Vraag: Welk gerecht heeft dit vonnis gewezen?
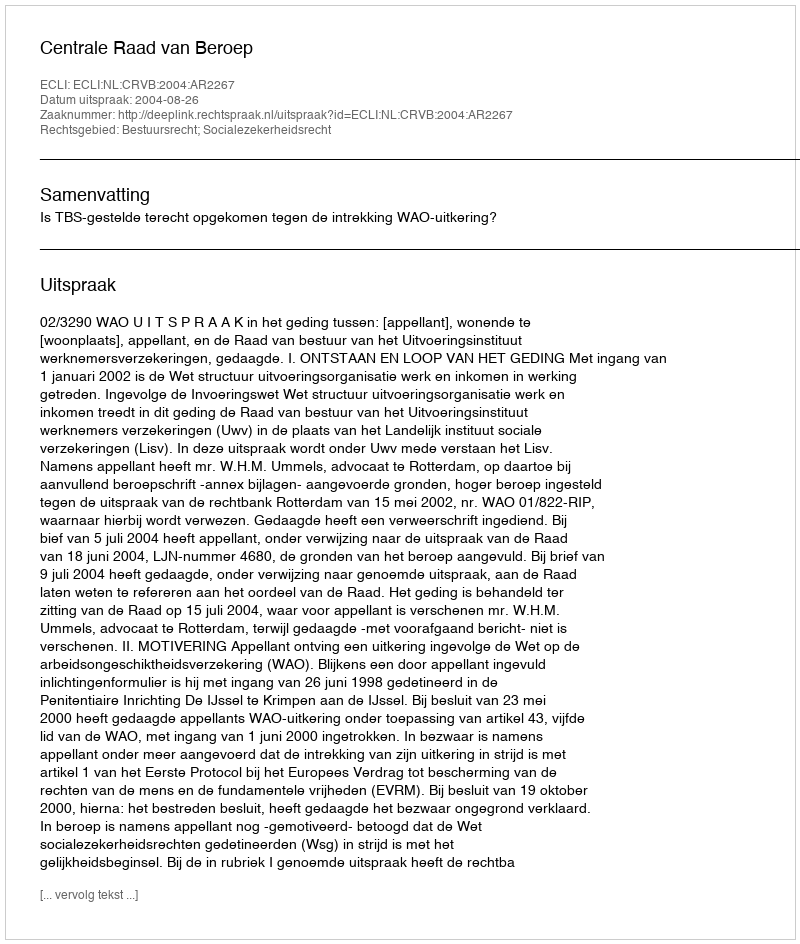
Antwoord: Centrale Raad van Beroep